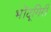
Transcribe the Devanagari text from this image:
भोंदूगिरी